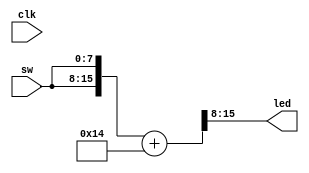
module top (
    input  wire clk,

    input  wire [7:0] sw,
    output wire [7:0] led
);

    localparam BITS = 16;
    localparam LOG2DELAY = 0;

    wire [BITS-1:0] adder;

    assign adder = {sw, sw} + 20;

    assign led = adder >> 8;
endmodule